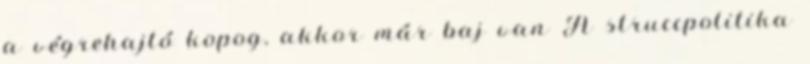
a végrehajtó kopog, akkor már baj van A struccpolitika